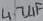
Text: 4.7µF